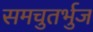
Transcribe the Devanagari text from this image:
समचुतर्भुज